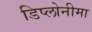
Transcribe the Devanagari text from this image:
डिप्लोनीमा